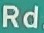
Rd